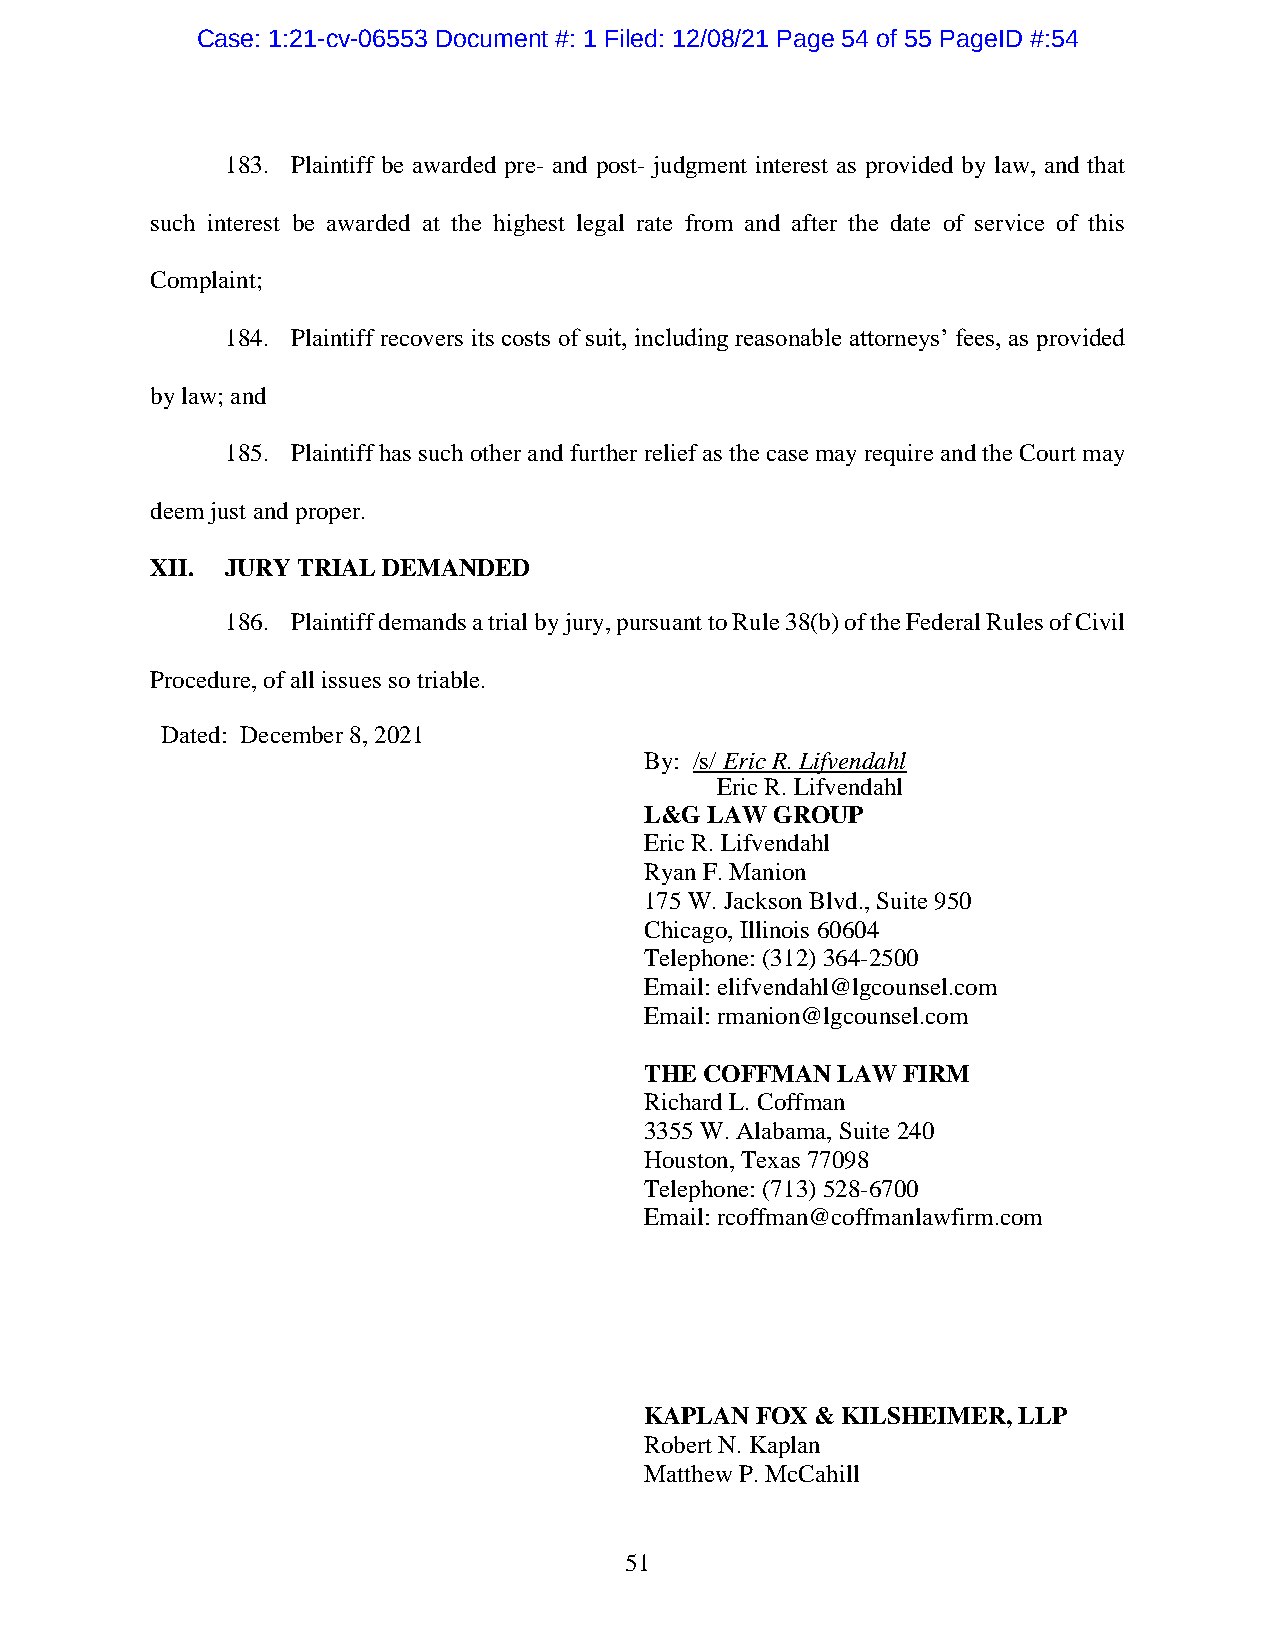
Case: 1:21-cv-06553 Document #: 1 Filed: 12/08/21 Page 54 of 55 PageID #:54
 183. Plaintiff be awarded pre- and post- judgment interest as provided by law, and that
 such interest be awarded at the highest legal rate from and after the date of service of this
 Complaint;
 184. Plaintiff recovers its costs of suit, including reasonable attorneys’ fees, as provided
 by law; and
 185. Plaintiff has such other and further relief as the case may require and the Court may
 deem just and proper.
 XII. JURY TRIAL DEMANDED
 186. Plaintiff demands a trial by jury, pursuant to Rule 38(b) of the Federal Rules of Civil
 Procedure, of all issues so triable.
 Dated: December 8, 2021
 By: /s/ Eric R. Lifvendahl
 Eric R. Lifvendahl
 L&G LAW GROUP
 Eric R. Lifvendahl
 Ryan F. Manion
 175 W. Jackson Blvd., Suite 950
 Chicago, Illinois 60604
 Telephone: (312) 364-2500
 Email: elifvendahl@lgcounsel.com
 Email: rmanion@lgcounsel.com
 THE COFFMAN LAW  FIRM
 Richard L. Coffman
 3355 W. Alabama, Suite 240
 Houston, Texas 77098
 Telephone: (713) 528-6700
 Email: rcoffman@coffmanlawfirm.com
 KAPLAN FOX & KILSHEIMER, LLP
 Robert N. Kaplan
 Matthew P. McCahill
 51